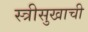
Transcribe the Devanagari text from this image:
स्त्रीसुखाची